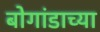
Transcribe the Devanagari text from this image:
बोगांडाच्या